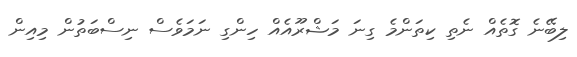
ލިބޭނެ ގޮތެއް ނެތި ކިތަންމެ ގިނަ މަޝްރޫއެއް ހިންގި ނަމަވެސް ނިސްބަތުން މިއިން